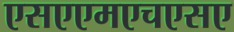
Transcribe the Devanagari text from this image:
एसएएमएचएसए